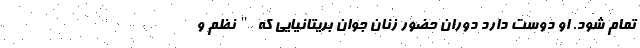
تمام شود. او دوست دارد دوران حضور زنان جوان بریتانیایی که "نظم و